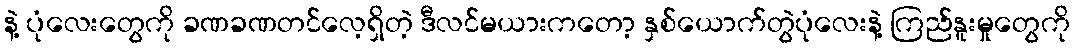
နဲ့ ပုံလေးတွေကို ခဏခဏတင်လေ့ရှိတဲ့ ဒီလင်မယားကတော့ နှစ်ယောက်တွဲပုံလေးနဲ့ ကြည်နူးမှုတွေကို